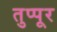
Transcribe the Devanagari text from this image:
तुप्पूर